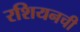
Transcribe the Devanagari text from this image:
रशियनची